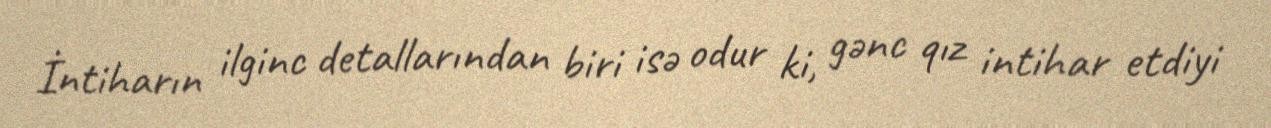
İntiharın ilginc detallarından biri isə odur ki, gənc qız intihar etdiyi